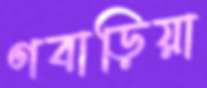
ণবাড়িয়া